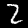
Digit: 2